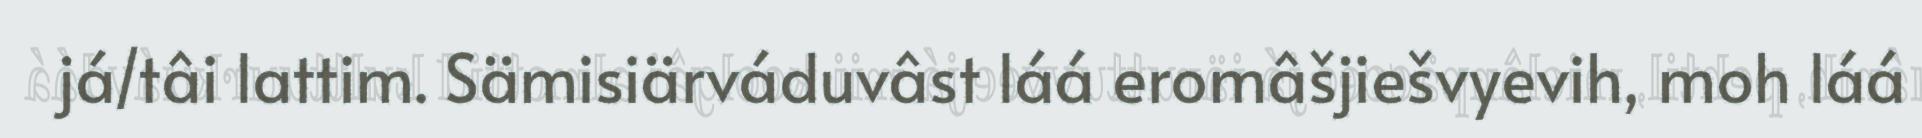
já/tâi lattim. Sämisiärváduvâst láá eromâšjiešvyevih, moh láá